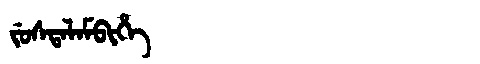
Manchu: ᠵᡠᠰᡨᠠᠯᠠᠮᠪᡳᡥᡝ
Romanization: JUSTALAMBIHE